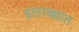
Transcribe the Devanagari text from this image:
इलाक्यात